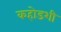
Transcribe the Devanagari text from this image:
कहोडशी